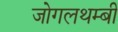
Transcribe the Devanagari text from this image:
जोगलथम्बी